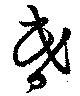
昬